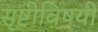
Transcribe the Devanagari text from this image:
सृष्टीविषयी